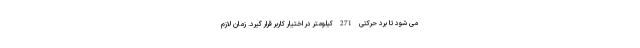
می شود تا برد حرکتی 271 کیلومتر در اختیار کاربر قرار گیرد. زمان لازم